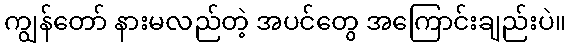
ကျွန်တော် နားမလည်တဲ့ အပင်တွေ အကြောင်းချည်းပဲ။